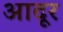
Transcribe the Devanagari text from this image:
आदूर